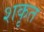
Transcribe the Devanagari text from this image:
शकृत